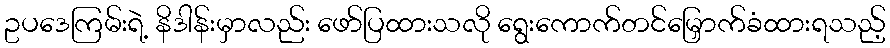
ဥပဒေကြမ်းရဲ့ နိဒါန်းမှာလည်း ဖော်ပြထားသလို ရွေးကောက်တင်မြှောက်ခံထားရသည့်